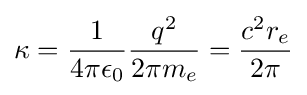
\kappa ={\frac {1}{4\pi \epsilon _{0}}}{\frac {q^{2}}{2\pi m_{e}}}={\frac {c^{2}r_{e}}{2\pi }}